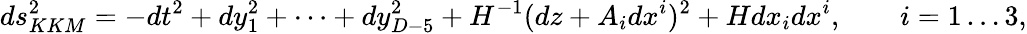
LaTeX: ds_{KKM}^{2}=-dt^{2}+dy_{1}^{2}+\dots+dy_{D-5}^{2}+H^{-1}(dz+A_{i}dx^{i})^{2}+Hdx_{i}dx^{i},\qquad i=1\dots 3,